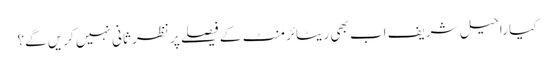
کیا راحیل شریف اب بھی ریٹائرمنٹ کے فیصلے پر نظرِ ثانی نہیں کریں گے؟